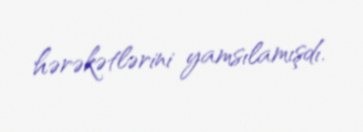
hərəkətlərini yamsılamışdı.